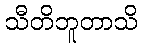
သီတိဘူတာသိ